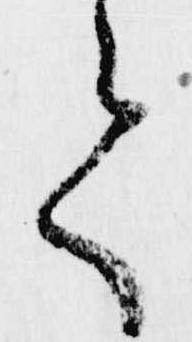
て